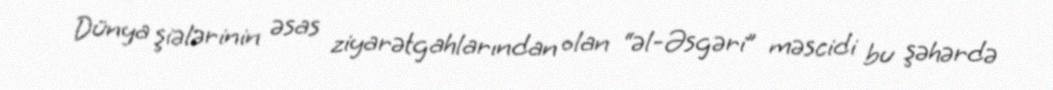
Dünya şiələrinin əsas ziyarətgahlarından olan “əl-Əsgəri” məscidi bu şəhərdə